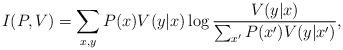
LaTeX: \begin{align*}I(P,V)=\sum_{x,y} P(x)V(y|x) \log \frac{V(y|x)}{\sum_{x'}P(x')V(y|x')},\end{align*}